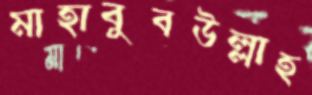
মাহাবুবউল্লাহ